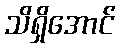
သိရှိအောင်